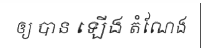
ឲ្យ បាន ឡើង តំណែង